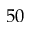
5 0